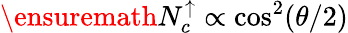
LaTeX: \ensuremath{N_{c}^{\uparrow}}\propto\cos^{2}(\theta/2)